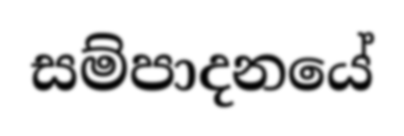
සම්පාදනයේ